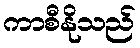
ကာစီနိုသည်